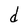
Character: d